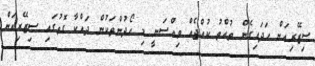
ސިޒޭރިއަން ހަދައިގެން ތުއްތު ކުއްޖެއް ވިއްސަނީ މި ހޯދުންތަކުން ދައްކާ ގޮތުގައި ސިޒޭރިއަން